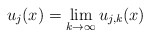
\begin{align*}u_j(x) = \lim_{k \to \infty} u_{j,k}(x)\end{align*}